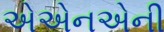
એએનએની